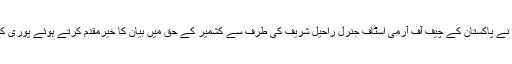
چیئرمین حریت کانفرنس سید علی گیلانی نے پاکستان کے چیف آف آرمی اسٹاف جنرل راحیل شریف کی طرف سے کشمیر کے حق میں بیان کا خیرمقدم کرتے ہوئے پوری کشمیری قوم کی طرف شکریہ ادا کیا ہے ۔